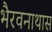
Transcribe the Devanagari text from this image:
भैरवनाथास